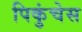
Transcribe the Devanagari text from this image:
पिकुंचेस